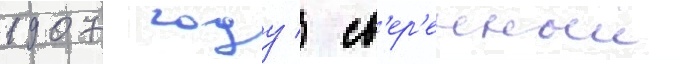
1907 году / св'ер'енныи